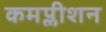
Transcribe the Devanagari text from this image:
कमप्लीशन